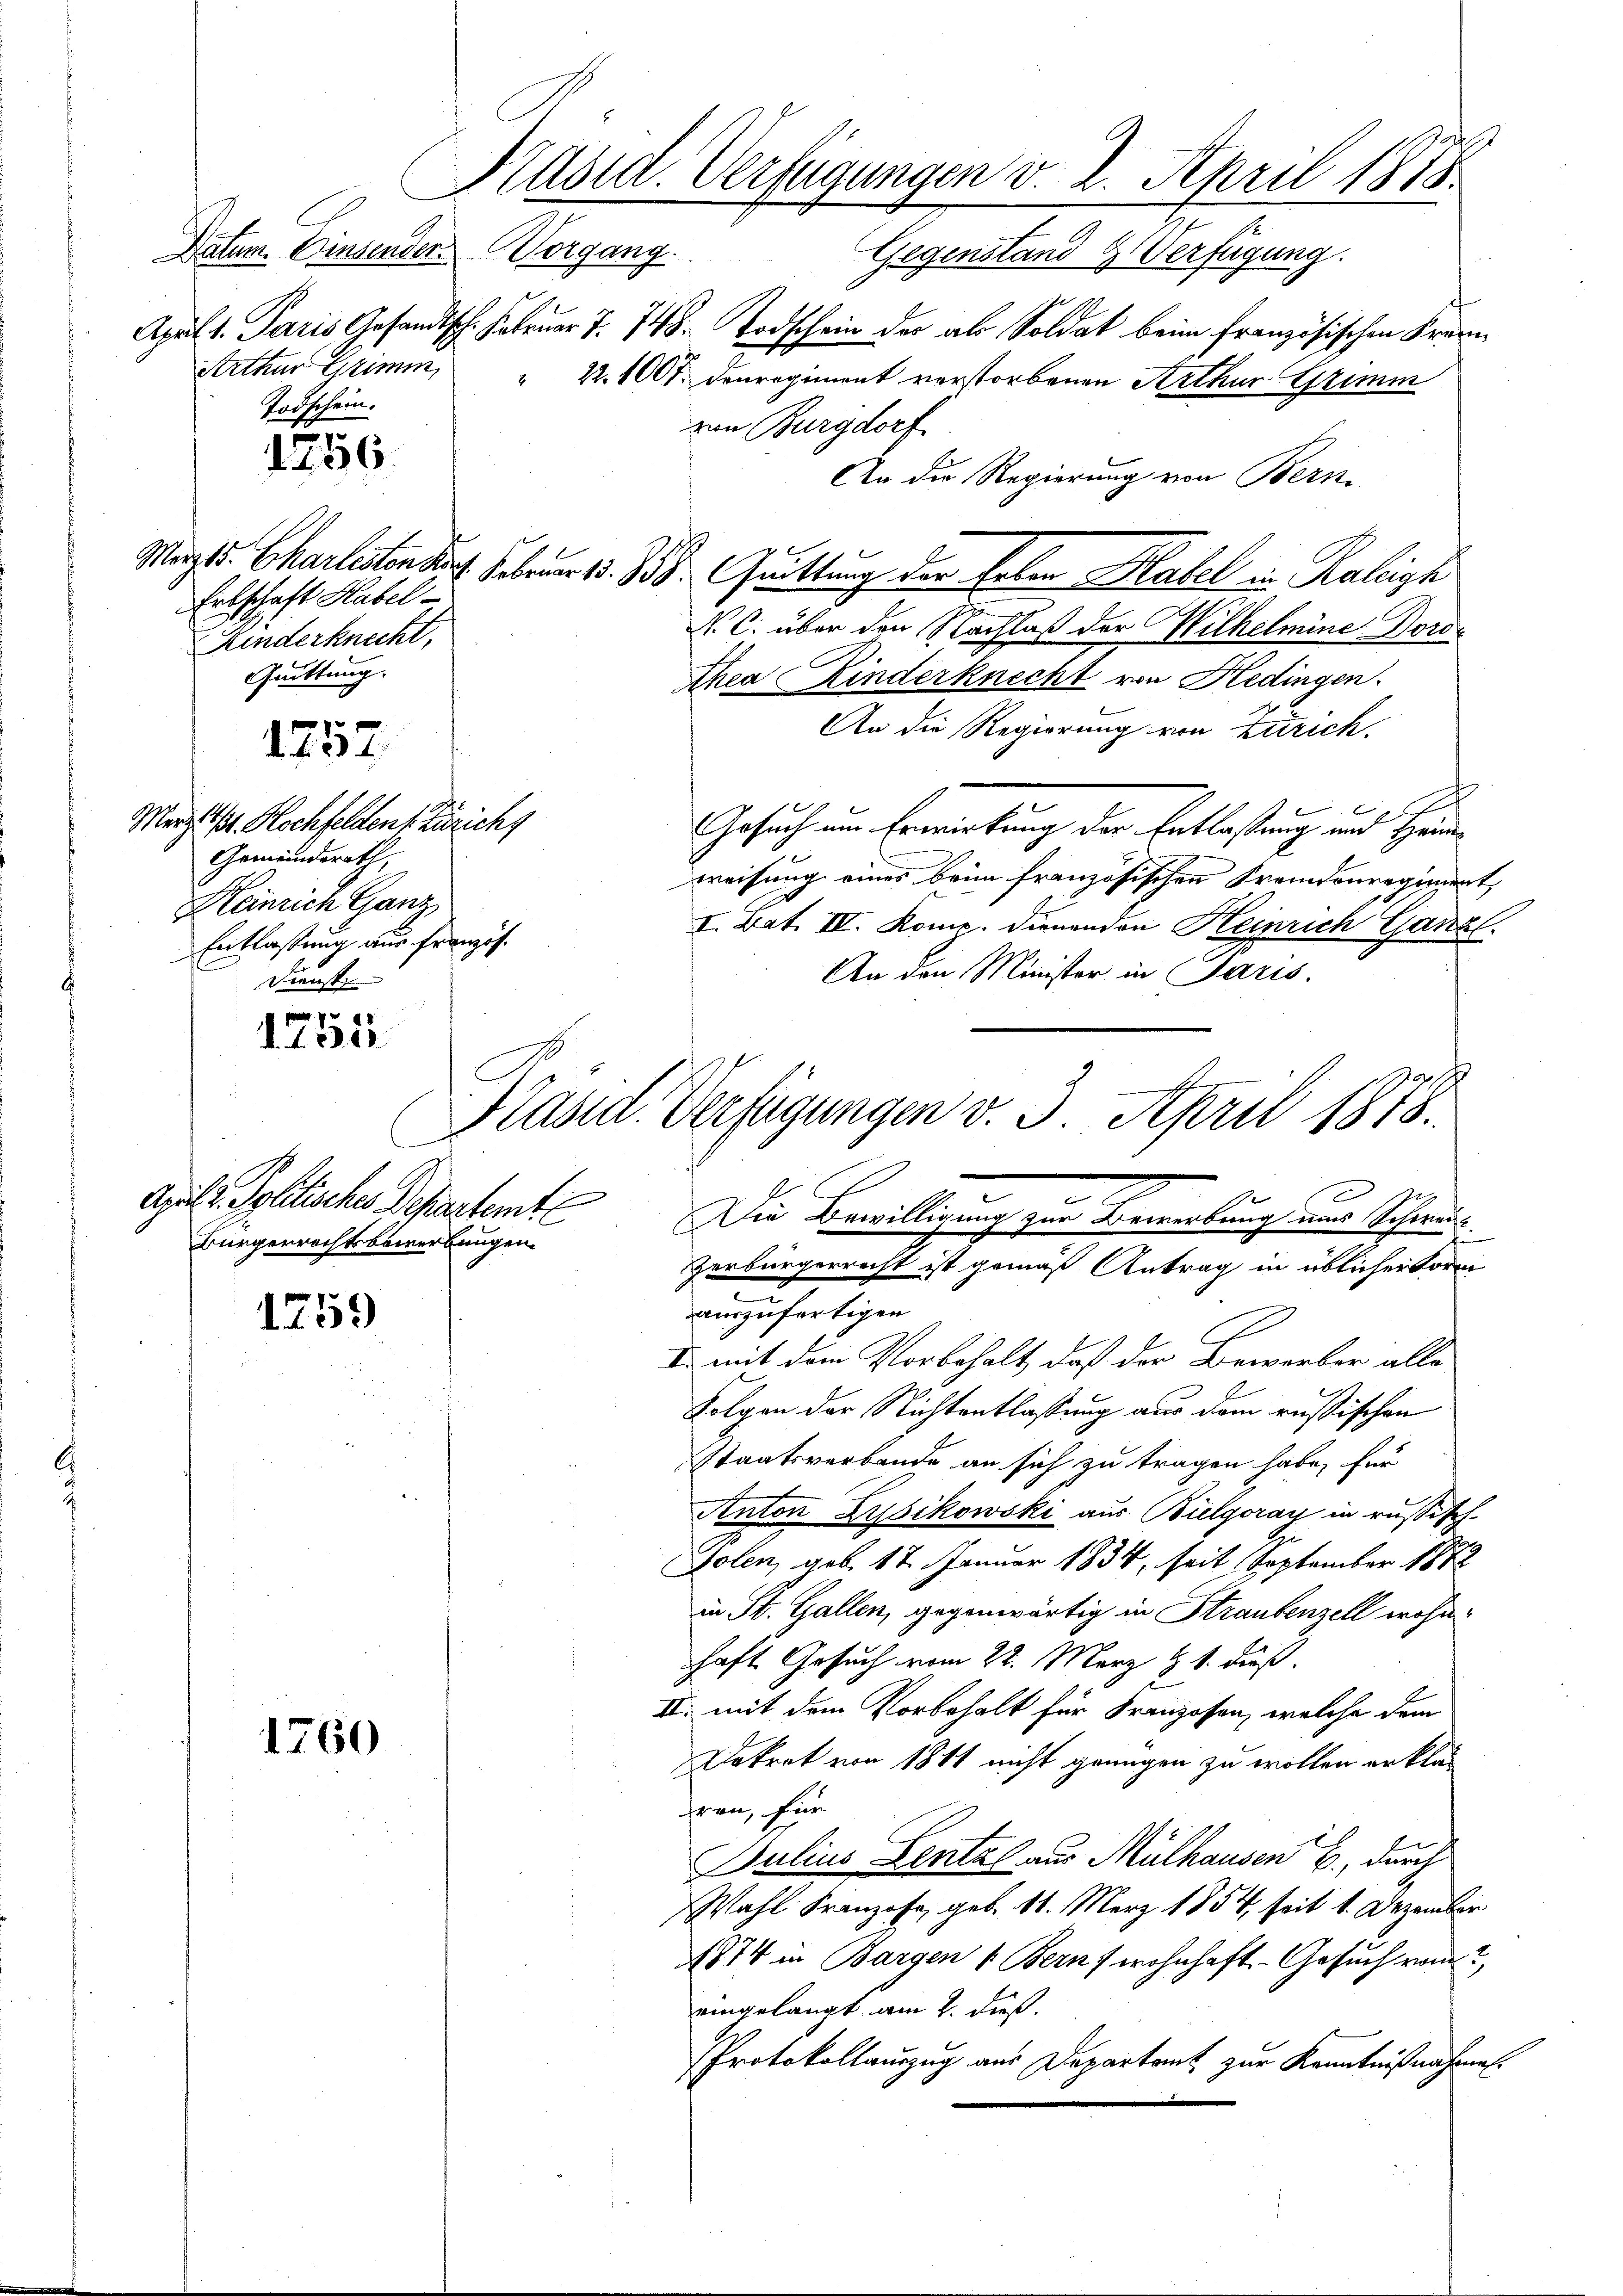
Datum. Einsender Vorg
Arthur Grimm,
2
Todschein.

1256.

Ertschaft Habel¬
Kinderknecht.
Quittung.

1757

Merz 1/4. Hochfelden Zürich
Gemeindsrath,
Heinrich Ganz
Entlassung aus Französ.
Dienst

Ault. Politisches Departemte
Bürgerrechtsbewerbungen.

1254

1759

1760

Präsid. Verfügungen v. 2. April 1875.

April 1. Paris Gesandtsch. Februar 7. 748. Todschein der als Soldat beim französischen Frei¬
22.1007. Denregiment verstorbenen Arthur Grimm
von Burgdorf
An die Regierung von Bern.
Mart. Charlisten darf. Februar 15. 18. uittung der Erben Habel in Kaleigh
N. C. über den Nachlaß der Wilhelmine Dorothea Kinderknecht von Hedingen.
An die Regierung von Zürich.
Gesuch um Erwartung der Entlastung und Hande
weisung eines beim französischen Fremdenregiment,
I. Bat. IV. Komp. dienenden Heinrich Ganz
An den Minister in Paris.
Zerbürgerrecht ist gemäß Antrag in üblicher Form
auszufertigen
I mit dem Vorbehalt, daß der Bewerber alle
Folgen der Nichtentlassung aus dem russischen
Staatsverbande an sich zu tragen habe, für
Anton Zybikowski aus Bulgoray in russisch-
Golen, geb. 17. Januar 1834, seit September 1872
in St. Gallen, gegenwärtig in Straubenzell wohnhaft Gesuch vom 22. März & 1. dieß.
II. mit dem Vorbehalt für Franzosen, welche dem
Dekret von 1811 nicht genügen zu wollen erklär
rau, für
Julius Lental aus Mülhausen B., durch
Wahl Franzose, geb. 11. März 1854, seit 1. Dezember
4874 in Bargen v. Bern, wohnhaft- Gesuch vom
eingelangt am 2. dieß.
Protokollauszug aus Departamt zur Kenntnißnahmen.

14.

Kasid. Verfügungen v. 3. April 1878.
e
Die Bewilligung zur Bewerbung uns Schwei-